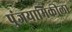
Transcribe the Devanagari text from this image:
पुंजयामिकीला